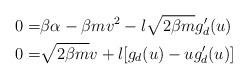
LaTeX: \begin{align*} 0=& \beta\alpha-\beta m v^2-l\sqrt{2 \beta m} g_d'(u) \\ 0=& \sqrt{2 \beta m} v+l[g_d(u)-u g_d'(u)] \end{align*}